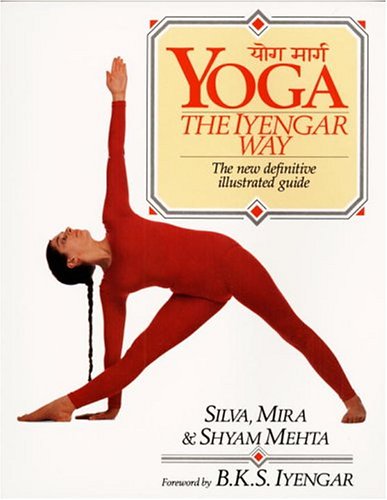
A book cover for Yoga:  The Iyengar Way; Silva Mehta; Health, Fitness & Dieting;